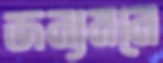
জন্যমনে